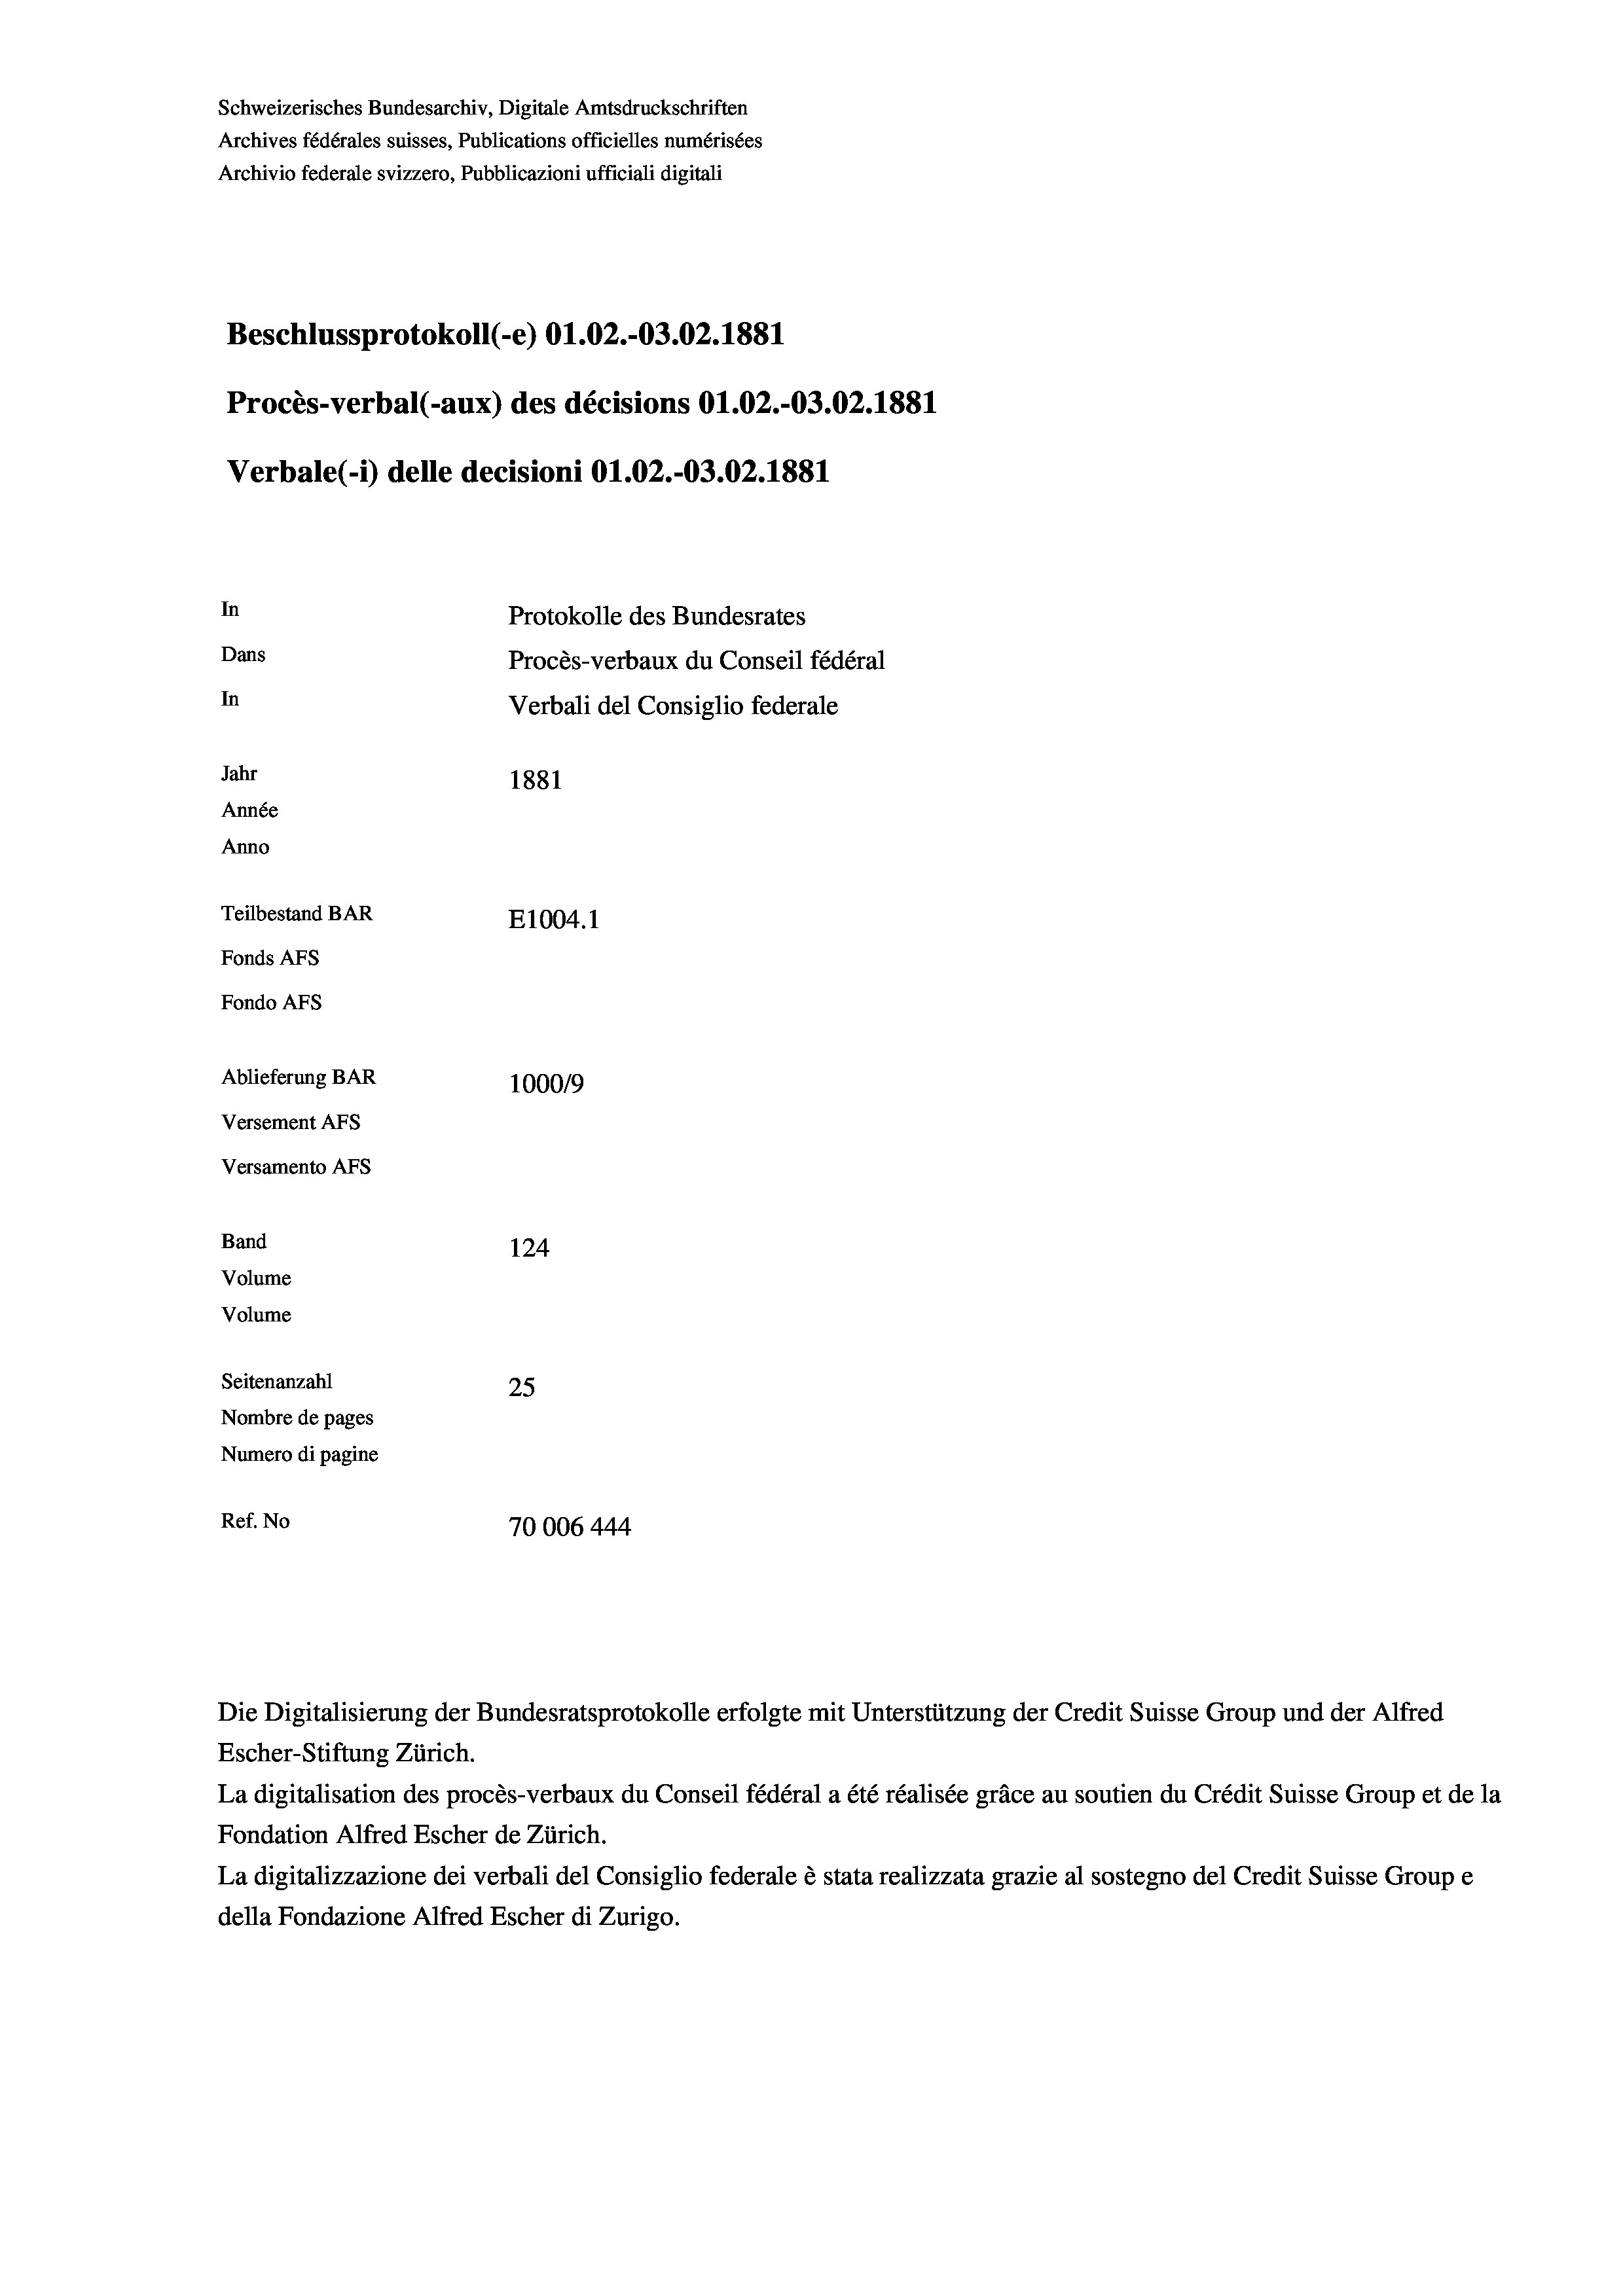
Schweizerisches Bundesarchiv, Digitale Amtsdruckschriften
Archives fédérales suisses, Publications officielles numérisées
Archivio federale svizzero, Pubblicazioni ufficiali digitali
Beschlussprotokoll (-e) O1.02.-03.02. 1881
Procès-verbal (-aux) des décisions O1.02.-O3.02. 1881
Verbale(-*) delle decisioni O1.02.-03.02.1881
In
Protokolle des Bundesrates
Dans
Procès-verbaux du Conseil fédéral
In
Verbali del Consiglio federale
Jahr
1881
Année
Anno
Teilbestand BAR
E1004. 1
Fonds AFs
Fondo Afs
Ablieferung BAR
100019
Versement AFs
Versamento Afs
Band
124
Volume
Volume
Seitenanzahl
25
Nombre de pages
Numero di pagine
Ref. No
70006 444

Escher-Stiftung Zürich.
La digitalisation des procès-verbaux du Conseil fédéral a été réalisée gräce au soutien du Crédit Suisse Group et de la
Fondation Alfred Escher de Zürich.
La digitalizzazione dei verbali del Consiglio federale è stata realizzata grazie al sostegno del Credit Suisse Groupe
della Fondazione Alfred Escher di Zurigo.

Die Digitalisierung der Bundesratsprotokolle erfolgte mit Unterstützung der Credit Suisse Group und der Alfred